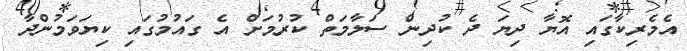
އެމެރިކާގައި އޮޔާ ދިޔަ ދެ ކުދިން ސަލާމަތް ކުރުމަށް އެ ގައުމުގައި ކިޔަވަމުންދާ